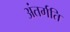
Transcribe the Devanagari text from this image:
अंतर्गति